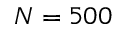
N = 5 0 0